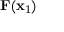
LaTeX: \mathbf { F } ( \mathbf { x } _ { \mathrm { 1 } } )